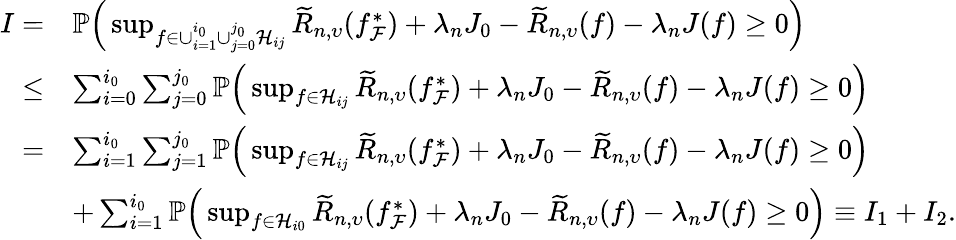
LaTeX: \begin{array}{rl}{I=}&{\mathbb{P}\Big(\operatorname*{sup}_{f\in\cup_{i=1}^{i_{0}}\cup_{j=0}^{j_{0}}\mathcal{H}_{ij}}\widetilde{R}_{n,\upsilon}(f_{\mathcal{F}}^{*})+\lambda_{n}J_{0}-\widetilde{R}_{n,\upsilon}(f)-\lambda_{n}J(f)\geq 0\Big)}\\ {\leq}&{\sum_{i=0}^{i_{0}}\sum_{j=0}^{j_{0}}\mathbb{P}\Big(\operatorname*{sup}_{f\in\mathcal{H}_{ij}}\widetilde{R}_{n,\upsilon}(f_{\mathcal{F}}^{*})+\lambda_{n}J_{0}-\widetilde{R}_{n,\upsilon}(f)-\lambda_{n}J(f)\geq 0\Big)}\\ {=}&{\sum_{i=1}^{i_{0}}\sum_{j=1}^{j_{0}}\mathbb{P}\Big(\operatorname*{sup}_{f\in\mathcal{H}_{ij}}\widetilde{R}_{n,\upsilon}(f_{\mathcal{F}}^{*})+\lambda_{n}J_{0}-\widetilde{R}_{n,\upsilon}(f)-\lambda_{n}J(f)\geq 0\Big)}\\ &{+\sum_{i=1}^{i_{0}}\mathbb{P}\Big(\operatorname*{sup}_{f\in\mathcal{H}_{i0}}\widetilde{R}_{n,\upsilon}(f_{\mathcal{F}}^{*})+\lambda_{n}J_{0}-\widetilde{R}_{n,\upsilon}(f)-\lambda_{n}J(f)\geq 0\Big)\equiv I_{1}+I_{2}.}\end{array}